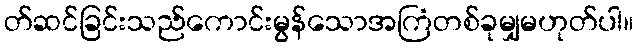
တ်ဆင်ခြင်းသည်ကောင်းမွန်သောအကြံတစ်ခုမျှမဟုတ်ပါ။